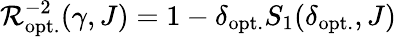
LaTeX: {\mathcal{R}}_{\mathrm{opt.}}^{-2}(\gamma,J)=1-\delta_{\mathrm{opt.}}S_{1}(\delta_{\mathrm{opt.}},J)